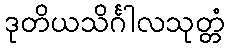
ဒုတိယသိင်္ဂါလသုတ္တံ